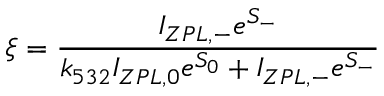
\xi = \frac { I _ { Z P L , - } e ^ { S _ { - } } } { k _ { 5 3 2 } I _ { Z P L , 0 } e ^ { S _ { 0 } } + I _ { Z P L , - } e ^ { S _ { - } } }